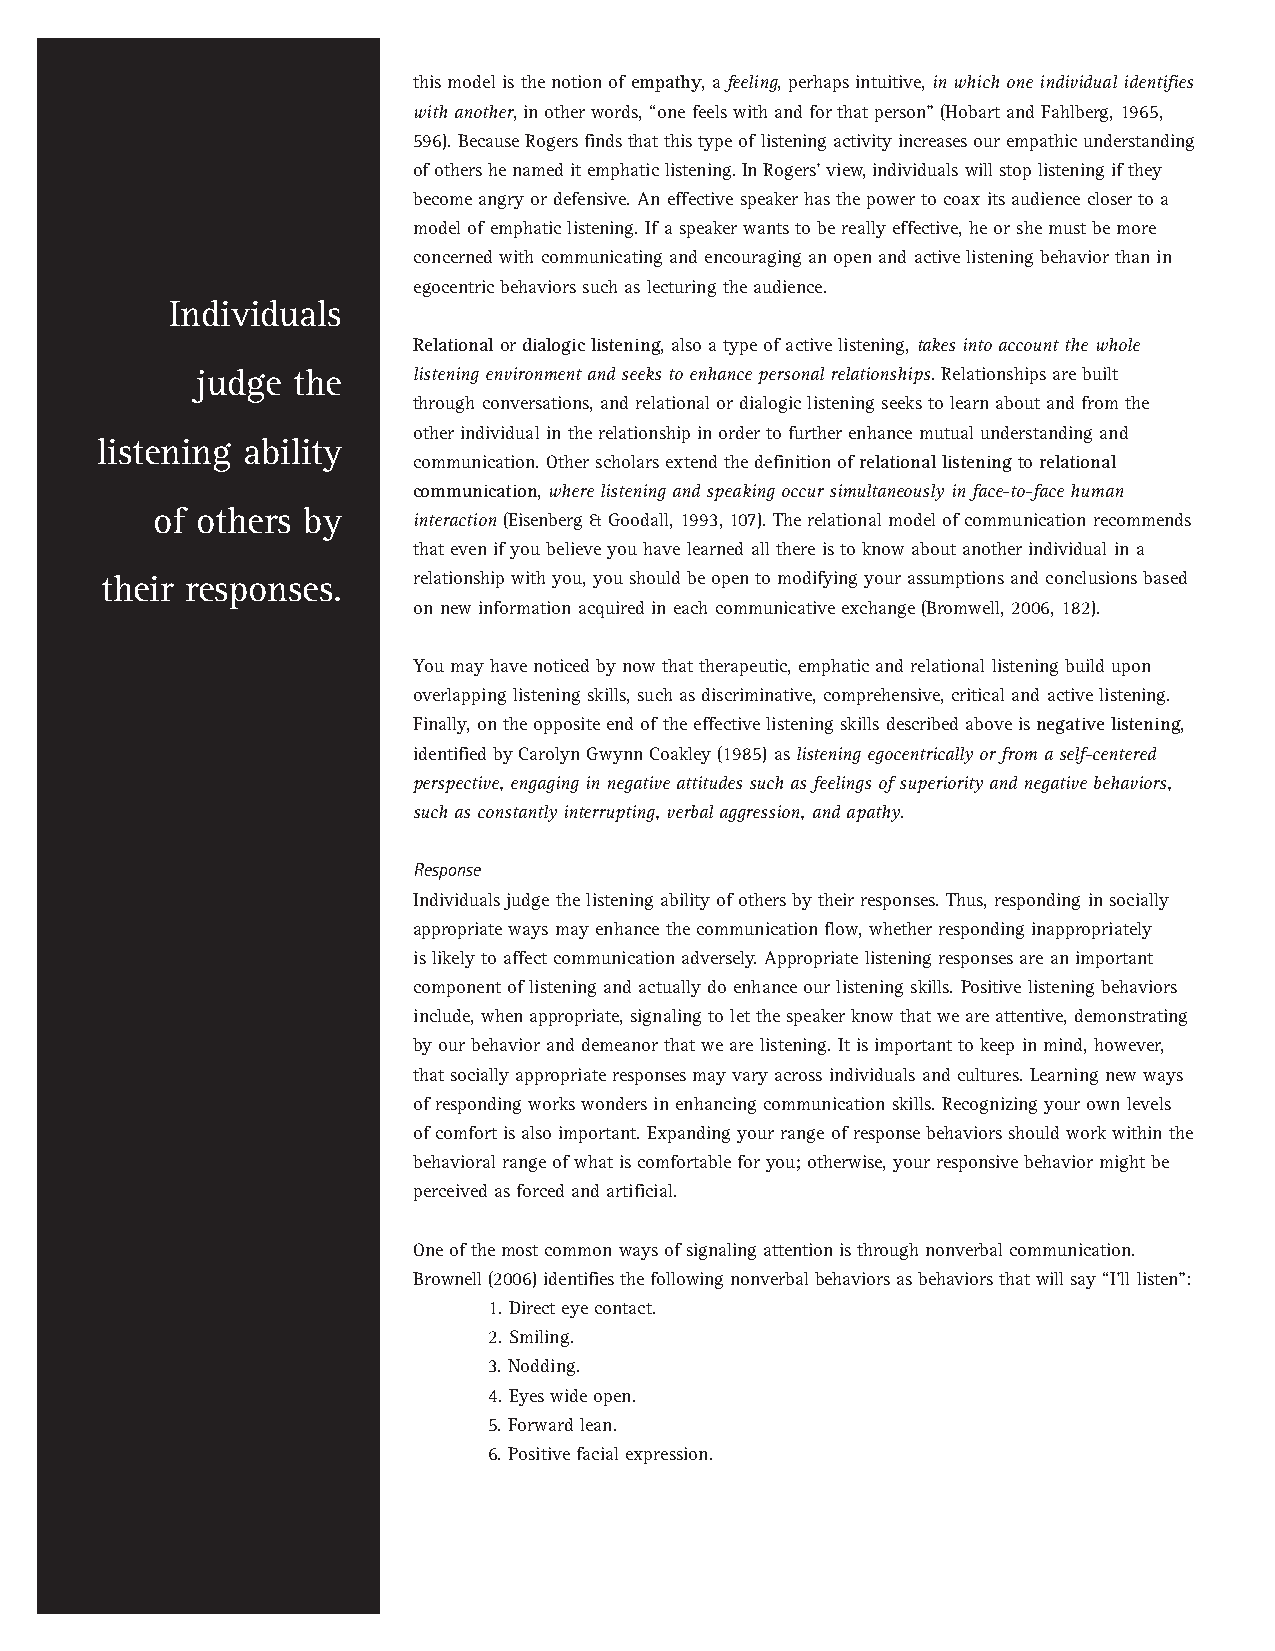
this model is the notion of empathy,afeeling,perhaps intuitive, in which one individual identifies
 with another,in other words, “one feels with and for that person” (Hobart and Fahlberg, 1965,
 596). Because Rogers finds that this type of listening activity increases our empathic understanding
 of others he named it emphatic listening. In Rogers’ view, individuals will stop listening if they
 become angry or defensive. An effective speaker has the power to coax its audience closer to a
 model of emphatic listening. If a speaker wants to be really effective, he or she must be more
 concerned with communicating and encouraging an open and active listening behavior than in
 egocentric behaviors such as lecturing the audience.
 Individuals
 Relationalordialogic listening,also a type of active listening, takes into account the whole
 judge the     listening environment and seeks to enhance personal relationships.Relationships are built
 through conversations, and relational or dialogic listening seeks to learn about and from the
 other individual in the relationship in order to further enhance mutual understanding and
 listening ability
 communication. Other scholars extend the definition of relational listeningto relational
 communication,where listening and speaking occur simultaneously in face-to-face human
 of others by
 interaction(Eisenberg & Goodall, 1993, 107). The relational model of communication recommends
 that even if you believe you have learned all there is to know about another individual in a
 their responses.    relationship with you, you should be open to modifying your assumptions and conclusions based
 on new information acquired in each communicative exchange (Bromwell, 2006, 182).
 You may have noticed by now that therapeutic, emphatic and relational listening build upon
 overlapping listening skills, such as discriminative, comprehensive, critical and active listening.
 Finally, on the opposite end of the effective listening skills described above is negative listening,
 identified by Carolyn Gwynn Coakley (1985) as listening egocentrically or from a self-centered
 perspective, engaging in negative attitudes such as feelings of superiority and negative behaviors,
 such as constantly interrupting, verbal aggression, and apathy.
 Response
 Individuals judge the listening ability of others by their responses. Thus, responding in socially
 appropriate ways may enhance the communication flow, whether responding inappropriately
 is likely to affect communication adversely. Appropriate listening responses are an important
 component of listening and actually do enhance our listening skills. Positive listening behaviors
 include, when appropriate, signaling to let the speaker know that we are attentive, demonstrating
 by our behavior and demeanor that we are listening. It is important to keep in mind, however,
 that socially appropriate responses may vary across individuals and cultures. Learning new ways
 of responding works wonders in enhancing communication skills. Recognizing your own levels
 of comfort is also important. Expanding your range of response behaviors should work within the
 behavioral range of what is comfortable for you; otherwise, your responsive behavior might be
 perceived as forced and artificial.
 One of the most common ways of signaling attention is through nonverbal communication.
 Brownell (2006) identifies the following nonverbal behaviors as behaviors that will say “I’ll listen”:
 1. Direct eye contact.
 2. Smiling.
 3. Nodding.
 4. Eyes wide open.
 5. Forward lean.
 6. Positive facial expression.